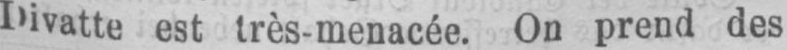
Divatte est très-menacée. On prend des